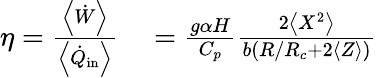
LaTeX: \begin{array}{rl}{\eta=\frac{\left<\dot{W}\right>}{\left<\dot{Q}_{\mathrm{in}}\right>}}&{{}={\frac{g\alpha H}{C_{p}}\frac{2\left<X^{2}\right>}{b(R/R_{c}+2\left<Z\right>)}}}\end{array}